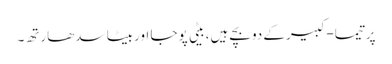
پرتیما-کبیرکے دوبچے ہیں، بیٹی پوجا اوربیٹا سدھارتھ۔